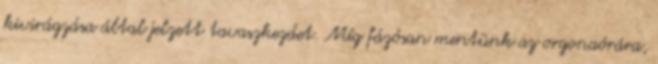
kivirágzása által jelzett tavaszkezdet. Míg fázósan mentünk az orgonaórára,